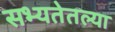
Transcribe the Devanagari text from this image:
सभ्यतेतल्या